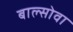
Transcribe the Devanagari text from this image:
बाल्सोवा